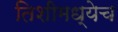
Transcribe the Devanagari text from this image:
तिशीमध्येच